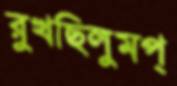
রুখছিলুমপ্